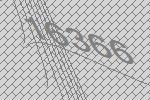
16366